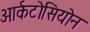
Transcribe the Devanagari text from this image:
आर्कटोसियोन